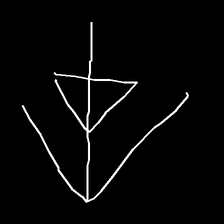
Glyph: pull